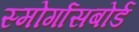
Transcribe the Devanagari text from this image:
स्मोर्गासबोर्ड